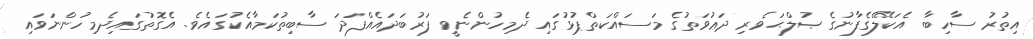
އިތުރު ސާހިބާ އެކަލޭގެފާނުގެ ޞުލްޙަވެރި ދަޢުވަތުގެ މަސައްކަތްޕުޅުގައި ދެމިހުންނެވީ ފަރުބަދައެއްފަދަ ސާބިތުކަމާއެކުގައެވެ. އެގޮތުގައިދެމިހުންނަވައި